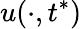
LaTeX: u(\cdot,t^{*})